Medical and sanitary report of the native army of Bengal for the year
Year: 1874
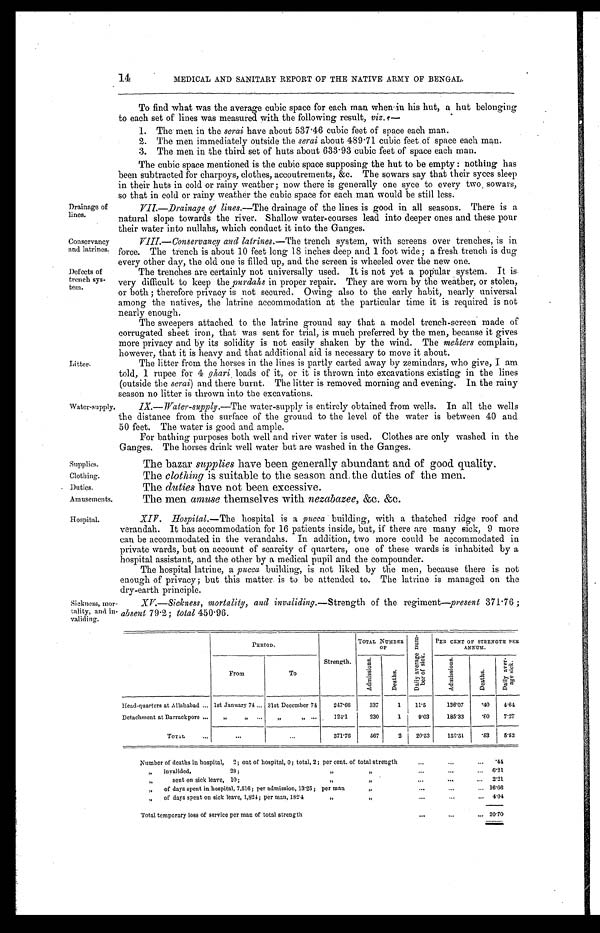
Drainage of
lines.
Conservancy
and latrines.
Defects of
trench sys
-tem.
Supplies.
Clothing.
Duties.
Amusements.
MEDICAL AND SANITARY REPORT OF THE NATIVE ARMY OF BENGAL.
Litter.
Water-supply.
To find what was the average cubic space for each man when in his hut, a hut belonging
to each set of lines was measured with the following result, viz. :—
1. The men in the serai have about 537.46 cubic feet of space each man.
2. The men immediately outside the serai about 489.71 cubic feet of space each man.
3. The men in the third set of huts about 633.93 cubic feet of space each man.
The cubic space mentioned is the cubic space supposing the hut to be empty : nothing has
been subtracted for charpoys, clothes, accoutrements, &c. The sowars say that their syces sleep
in their huts in cold or rainy weather; now there is generally one syce to every two, sowars,
so that in cold or rainy weather the cubic space for each man would be still less.
VII.—Drainage lines .—The drainage of the lines is good in all seasons. There is a
natural slope towards the river. Shallow water-courses lead into deeper ones and these pour
their water into nullahs, which conduct it into the Ganges.
VIII.— Conservancy and latrines .—The trench system, with screens over trenches, is in
force. The trench is about 10 feet long 18 inches deep and 1 foot wide; a fresh trench is dug
every other day, the old one is filled up, and the screen is wheeled over the new one.
The trenches are certainly not universally used. It is not yet a popular system. It is
very difficult to keep the purdahs in proper repair. They are worn by the weather, or stolen,
or both ; therefore privacy is not secured. Owing also to the early habit, nearly universal
among the natives, the latrine accommodation at the particular time it is required is not
nearly enough.
The sweepers attached to the latrine ground say that a model trench-screen made of
corrugated sheet iron, that was sent for trial, is much preferred by the men, because it gives
more privacy and by its solidity is not easily shaken by the wind. The mehters complain,
however, that it is heavy and that additional aid is necessary to move it about.
The litter from the horses in the lines is partly carted away by zemindars, who give, I am
told, 1 rupee for 4 ghari loads of it, or it is thrown into excavations existing in the lines
(outside the serai) and there burnt. The litter is removed morning and evening. In the rainy
season no litter is thrown into the excavations.
IX.—Water-supply .—The water-supply is entirely obtained from wells. In all the wells
the distance from the surface of the ground to the level of the water is between 40 and
50 feet. The water is good and ample.
For bathing purposes both well and river water is used. Clothes are only washed in the
Ganges. The horses drink well water but are washed in the Ganges.
The bazar supplies have been generally abundant and of good quality.
The clothing is suitable to the season and the duties of the men.
The duties have not been excessive.
The men amuse themselves with nezabazee, &c. &c.
Hospital.
Sickness, mor-
tality, anti in-
validing.
X1V. Hos pi t al. — T h e
h o s p i t a l i s a
p u c c a
b u i l d i n g , w i t h a t h a t c h e d r i d g e r o o f a n d
verandah. It has accommodation for 16 patients inside, but, if there are many sick, 9 more
can be accommodated in the verandahs. In addition, two more could be accommodated in
private wards, but on account of scarcity of quarters, one of these wards is inhabited by a
hospital assistant, and the other by a medical pupil and the compounder.
The hospital latrine, a pucca building, is not liked by the men, because there is not
enough of privacy; but this matter is to be attended to. The latrine is managed on the
dry-earth principle.
XV.—Sickness, mortality, and invaliding .—Strength of the regiment—present 371.76 ;
absent 79.2; total 450.96.
PERIOD.
Strength.
TOTAL NUMBER
O F
D a i l y a v e r a g e n u m - b e r o f s i c k .
PER CENT OF STRENGTH PER
ANNUM.
From
To
A d m i s s i o n s .
D e a t h s .
A d m i s s i o n s .
D e a t h s .
D a i l y a v e r - a g e s i c k .
Head-quarters at Allahabad . . . 1st January 74 . . . 31st December 74
247.66
337
1
11.5
136.07
. 4 0 4.64
Detachment at Barrackpore . . .
" " . . .
" " . . .
124.1
230
1
9.03
185.33
. 8 0 7.27
TOTAL . . .
. . .
. . .
371.76
567
2
20.53
152.51
.53
5.52
Number of deaths in hospital, 2; out of hospital, 0; total, 2; per cent. of total strength . . . .44
"
invalided, 28 ; " . . . 6.21
sent on sick leave, 10;
"
".
.
. 2.21
"
of days spent in hospital, 7,516; per admission, 13.25 ; per man "
. . . 16.66
" o f
d a y s s p e n t
o n s i c kl
e a v e ,1
, 8 2 4 ;
p e r m a n ,
1 8 2 . 4 " " . . . 4. 04
Total temporary loss of service per man of total strength . . . 20. 70